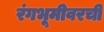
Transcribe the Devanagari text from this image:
रंगभूमीवरची